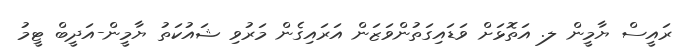
ރައީސް ޔާމީން ލ. އަތޮޅަށް ވަޑައިގަތުންވަޒަން އަރައިގެން މަރުވި ޝައުކަތު ޔާމީން-އަދީބް ޓީމު